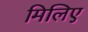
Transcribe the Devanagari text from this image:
मिलिए